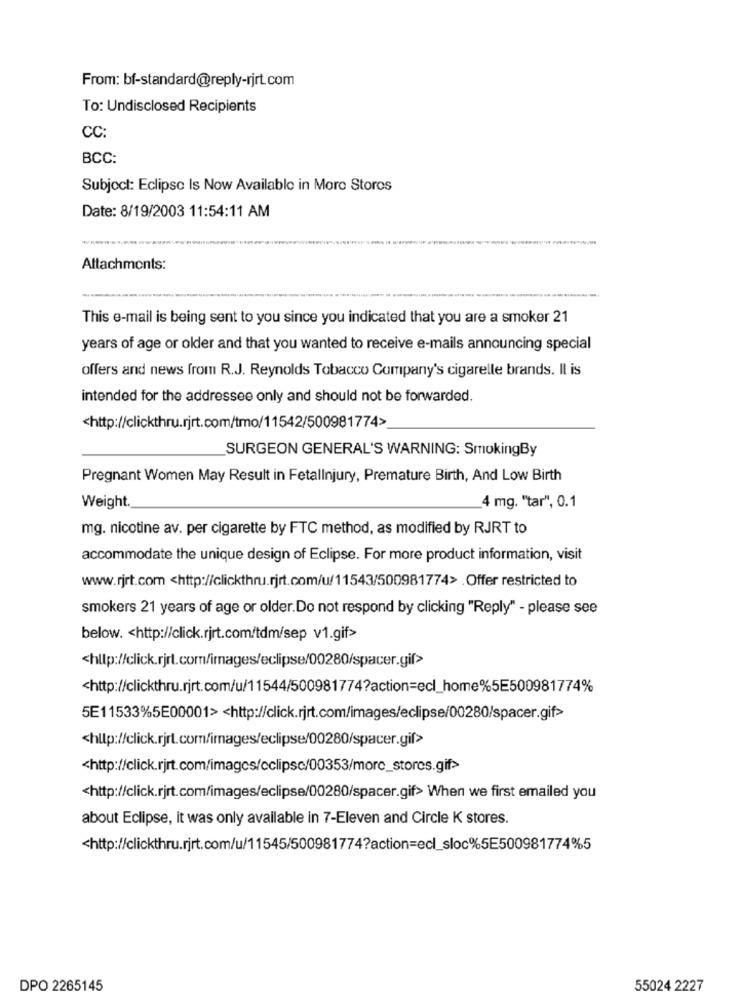
From: bf-standard@reply-rjrt.com
To: Undisclosed Recipients
CC:
BCC:
Subject: Eclipse Is Now Available in More Storos
Date: 8/19/2003 11:54:11 AM
Attachments:
This e-mail is being sent to you since you indicated that you are a smoker 21
years of age or older and that you wanted to receive e-mails announcing special
offers and news from R.J. Reynolds Tobacco Company's cigarelle brands. Il is
intended for the addressee only and should not be forwarded.
<http://clickthru.rjrt.com/tmo/11542/500981774>
SURGEON GENERAL'S WARNING: SmokingBy
Pregnant Women May Result in FetalInjury, Premature Birth, And Low Birth
4 mg. "tar", 0.1
Weight
mg. nicotine av. per cigarette by FTC method, as modified by RJRT to
accommodate the unique design of Eclipse. For more product information, visit
www.rjrt.com <http://clickthru.rjrt.com/u/11543/500981774> . Offer restricted to
smokers 21 years of age or older.Do not respond by clicking "Reply" - please see
below. < http://click.rjrt.com/tdm/sep v1.gif>
<hllp://click.rjrt.com/images/eclipse/00280/spacer.gif>
<http://clickthru.rjrt.com/u/11544/500981774?action=ecl_home%5E500981774%
5E11533%5E00001><http://click.rjrt.com/images/eclipse/00280/spacer.gif>
<http://click.rjrt.com/images/eclipse/00280/spacer.gif>
<http://click.rjrt.com/images/cclipsc/00353/more_stores.gif>
<http://click.rjrt.com/images/eclipse/00280/spacer.gif> When we first emailed you
about Eclipse, it was only available in 7-Eleven and Circle K stores.
<http://clickthru.rjrt.com/u/11545/500981774?action=ecl_sloc%5E500981774%5
DPO 2265145
55024 2227